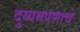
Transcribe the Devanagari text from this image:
दुय्यमपणाचे